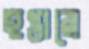
হপ্তারে